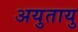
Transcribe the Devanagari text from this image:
अयुतायु